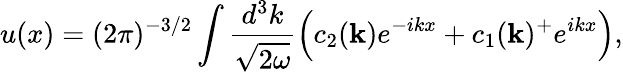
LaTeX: u(x)=(2\pi)^{-3/2}\int\frac{d^{3}k}{\sqrt{2\omega}}\Bigl(c_{2}({\mathbf{k}})e^{-ikx}+c_{1}({\mathbf{k}})^{+}e^{ikx}\Bigr),